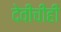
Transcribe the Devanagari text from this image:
देवीचीही